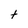
Character: t